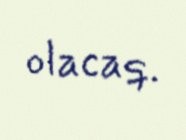
olacaq.